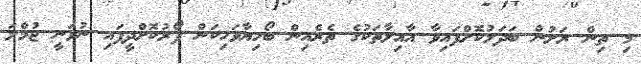
މި ތިން ރަށުން ބަދަލުކޮށްފައިވާ އާއިލާތަކުގެ ތެރެއިން ބޯހިޔާވަހިކަން ފޯރުކޮށްދީފައި ނުވަނީ ޖުމްލަ